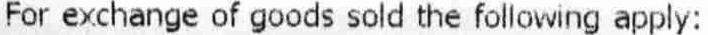
FOR EXCHANGE OF GOODS SOLD THE FOLLOWING APPLY: